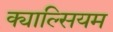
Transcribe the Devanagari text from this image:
क्याल्सियम